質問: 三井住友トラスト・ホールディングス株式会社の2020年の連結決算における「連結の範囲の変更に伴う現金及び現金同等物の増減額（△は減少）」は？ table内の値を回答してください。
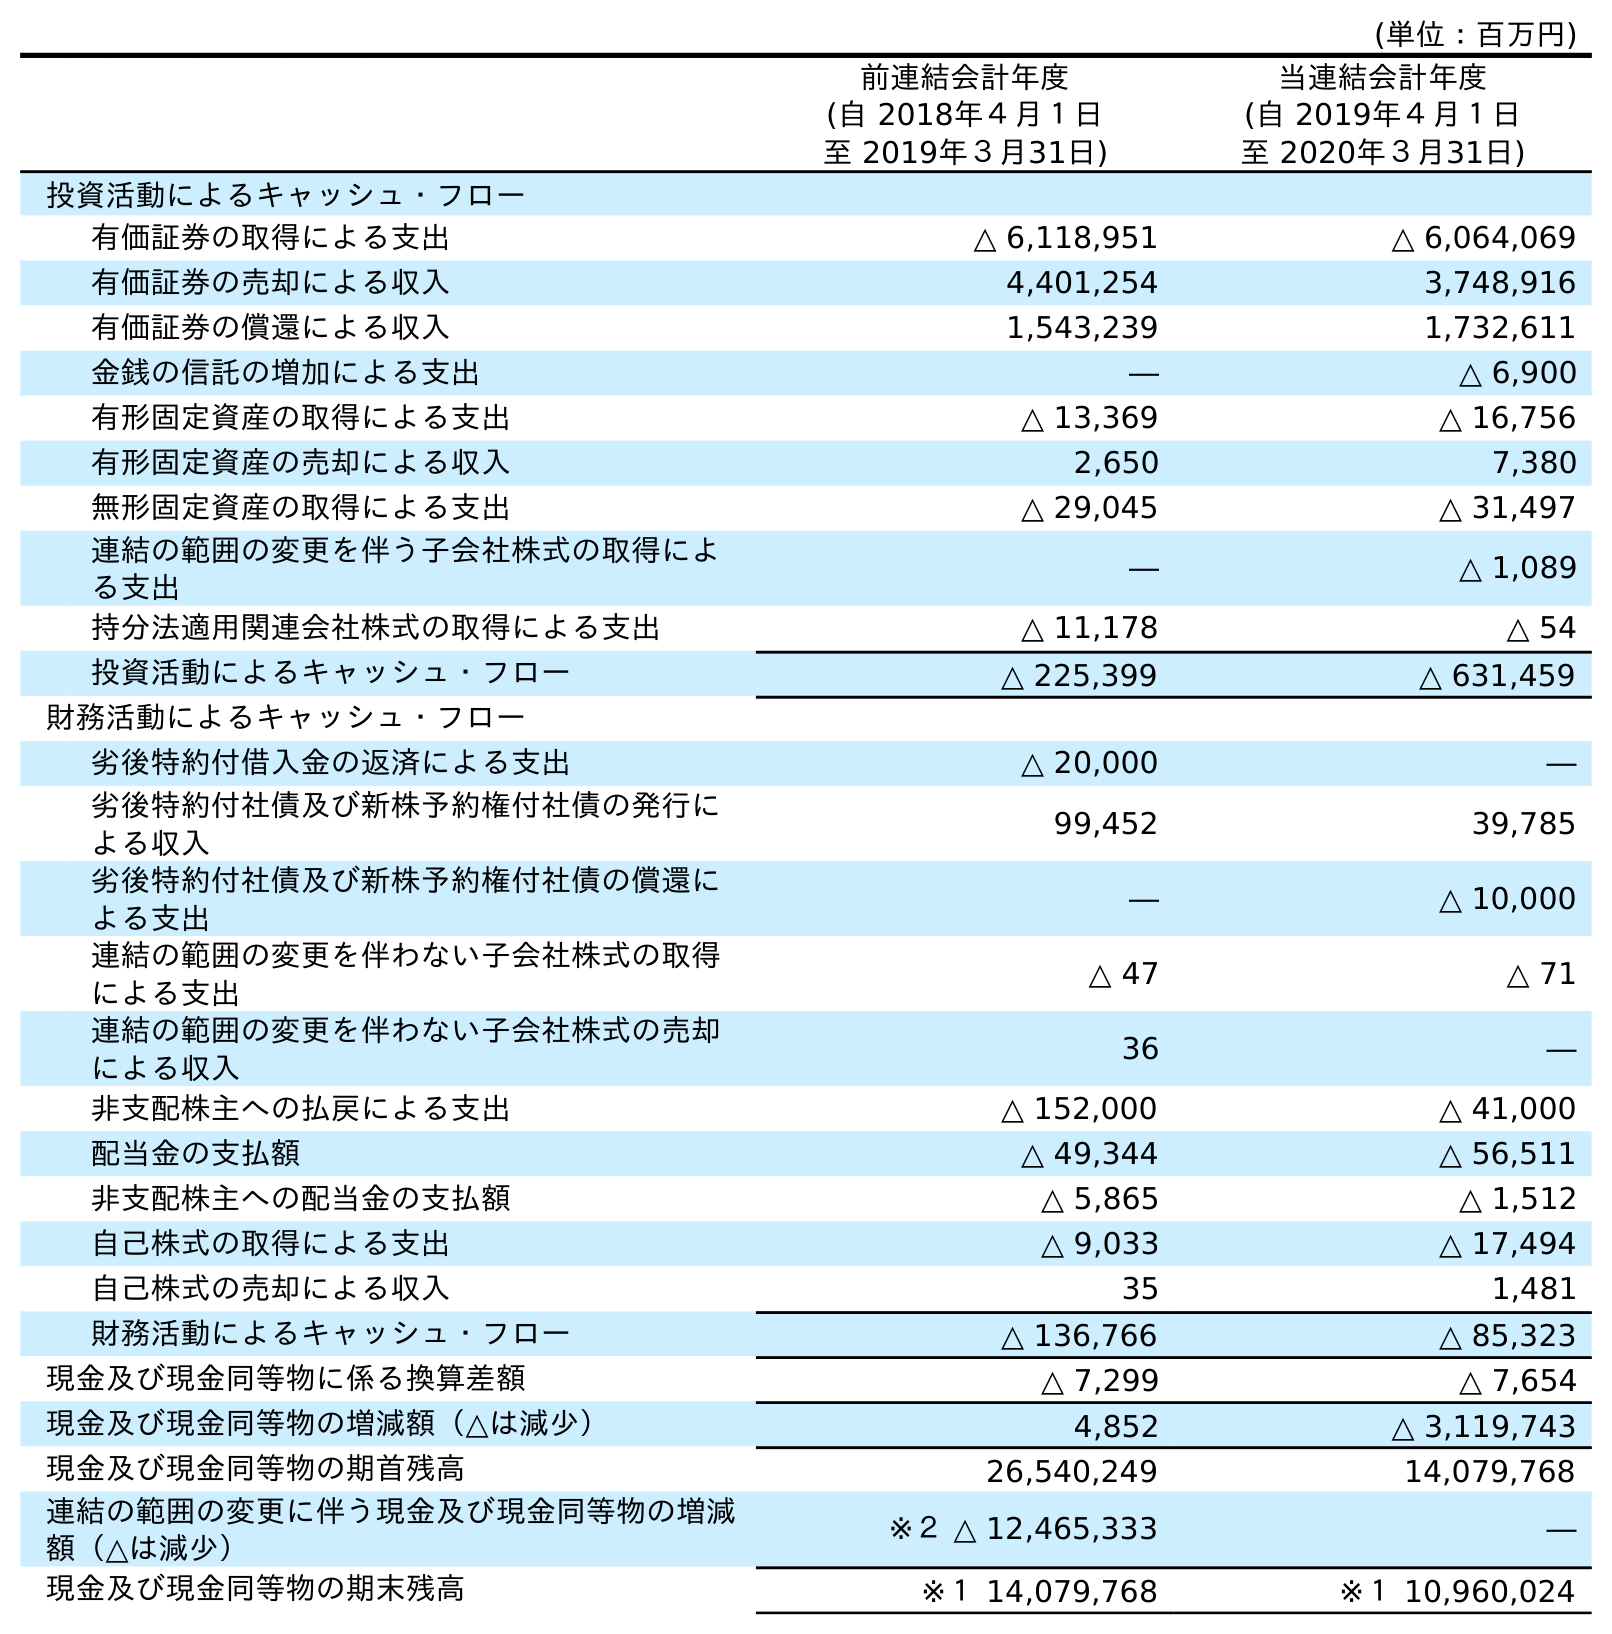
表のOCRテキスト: (単位：百万円) 前連結会計年度 (自 2018年４月１日 至 2019年３月31日) 当連結会計年度 (自 2019年４月１日 至 2020年３月31日) 投資活動によるキャッシュ・フロー 有価証券の取得による支出 △ 6,118,951 △ 6,064,069 有価証券の売却による収入 4,401,254 3,748,916 有価証券の償還による収入 1,543,239 1,732,611 金銭の信託の増加による支出 ― △ 6,900 有形固定資産の取得による支出 △ 13,369 △ 16,756 有形固定資産の売却による収入 2,650 7,380 無形固定資産の取得による支出 △ 29,045 △ 31,497 連結の範囲の変更を伴う子会社株式の取得によ る支出 ― △ 1,089 持分法適用関連会社株式の取得による支出 △ 11,178 △ 54 投資活動によるキャッシュ・フロー △ 225,399 △ 631,459 財務活動によるキャッシュ・フロー 劣後特約付借入金の返済による支出 △ 20,000 ― 劣後特約付社債及び新株予約権付社債の発行に よる収入 99,452 39,785 劣後特約付社債及び新株予約権付社債の償還に よる支出 ― △ 10,000 連結の範囲の変更を伴わない子会社株式の取得 による支出 △ 47 △ 71 連結の範囲の変更を伴わない子会社株式の売却 による収入 36 ― 非支配株主への払戻による支出 △ 152,000 △ 41,000 配当金の支払額 △ 49,344 △ 56,511 非支配株主への配当金の支払額 △ 5,865 △ 1,512 自己株式の取得による支出 △ 9,033 △ 17,494 自己株式の売却による収入 35 1,481 財務活動によるキャッシュ・フロー △ 136,766 △ 85,323 現金及び現金同等物に係る換算差額 △ 7,299 △ 7,654 現金及び現金同等物の増減額（△は減少） 4,852 △ 3,119,743 現金及び現金同等物の期首残高 26,540,249 14,079,768 連結の範囲の変更に伴う現金及び現金同等物の増減 額（△は減少） ※２ △ 12,465,333 ― 現金及び現金同等物の期末残高 ※１ 14,079,768 ※１ 10,960,024
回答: ―